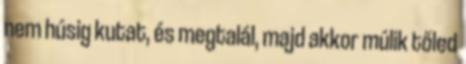
nem húsig kutat, és megtalál, majd akkor múlik tőled